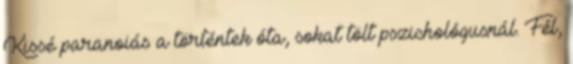
Kissé paranoiás a történtek óta, sokat tölt pszichológusnál. Fél,